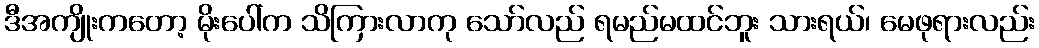
ဒီအကျိုးကတော့ မိုးပေါ်က သိကြားလာကု သော်လည် ရမည်မထင်ဘူး သားရယ်၊ မေဖုရားလည်း